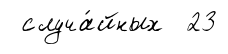
случа́йных 23